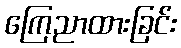
ကြေညာထားခြင်း